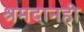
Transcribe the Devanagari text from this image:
श्रमदानही